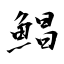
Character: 鯧